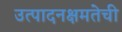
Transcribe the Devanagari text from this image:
उत्पादनक्षमतेची